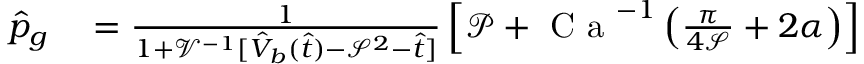
\begin{array} { r l } { \hat { p } _ { g } } & { { } = \frac { 1 } { 1 + \mathcal { V } ^ { - 1 } [ \hat { V } _ { b } ( \hat { t } ) - \mathcal { S } ^ { 2 } - \hat { t } ] } \left[ \mathcal { P } + \textrm { C a } ^ { - 1 } \left( \frac { \pi } { 4 \mathcal { S } } + 2 \alpha \right) \right] } \end{array}